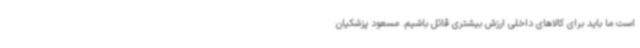
است ما باید برای کالاهای داخلی ارزش بیشتری قائل باشیم. مسعود پزشکیان